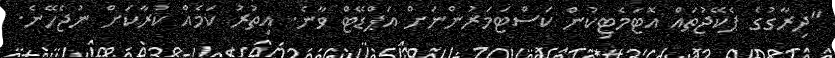
"ދިރާގުގެ ޕެކޭޖުތައް އޮޓަމެޓިކުން ކަސްޓަމަރުންނަށް އަޕްޑޭޓް ވާނެ. އިތުރު ކަމެއް ކުރާކަށް ނުޖެހޭނެ.